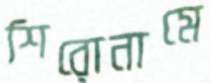
শিরোনামে